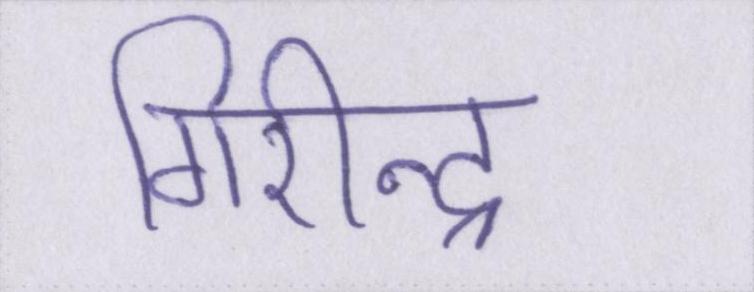
गिरीन्द्र